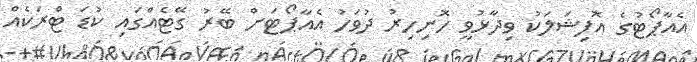
އެއާޕޯޓުގެ އޮފިޝަލަކު ވިދާޅުވީ ހޮނިހިރު ދުވަހު އެއާޕޯޓަށް ބޭރު ގޭޓެއްގައި ކުޑަ ޓްރަކެއް